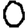
Digit: 0